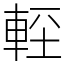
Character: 䡖